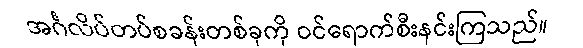
အင်္ဂလိပ်တပ်စခန်းတစ်ခုကို ဝင်ရောက်စီးနင်းကြသည်။